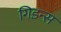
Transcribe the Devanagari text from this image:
गिडन्स